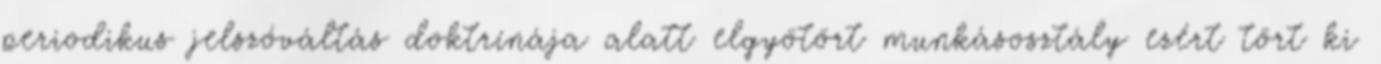
periodikus jelszóváltás doktrínája alatt elgyötört munkásosztály ezért tört ki